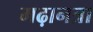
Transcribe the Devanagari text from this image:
मढ़ानत्रा